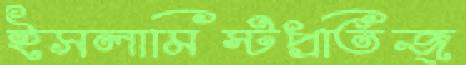
ইসলামিস্টপ্রতিজ্